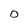
Character: 0